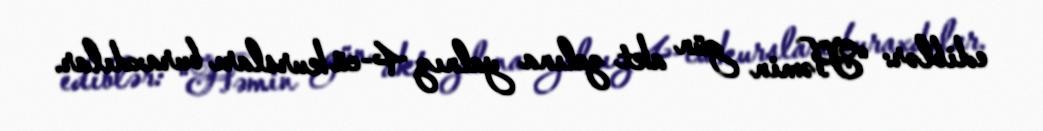
ediblər: “Həmin gün akt zalına yalnız 4-cü kursları buraxdılar.